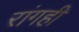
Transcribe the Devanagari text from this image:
रांगही